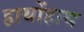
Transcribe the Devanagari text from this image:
हाथोंहाथ